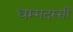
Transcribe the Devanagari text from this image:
धम्मदस्सी